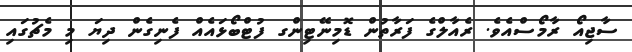
ސާޖިއޯ ރާމޯސްއެވެ. ރެއާލްގެ ފަރާތުން ޑޮމިނޭޓިންގ ފުޓްބޯޅައެއް ފެނިގެން ދިޔަ މި މެޗުގައި